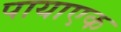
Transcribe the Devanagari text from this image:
पायाएक